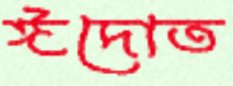
ঈদোত